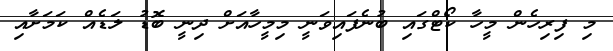
މި ފިރިހެން މީހާ ކޯޓްގައި ބުނެފައިވަނީ މިމީހާއަށް ދިނީ ބޮޑު ލަޑެއް ކަމަށާއި